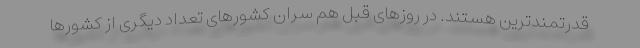
قدرتمندترین هستند. در روزهای قبل هم سران کشورهای تعداد دیگری از کشورها